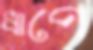
ধাপে